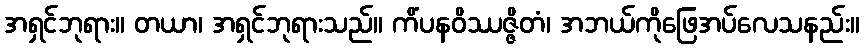
အရှင်ဘုရား။ တယာ၊ အရှင်ဘုရားသည်။ ကိံပနဝိဿဇ္ဇိတံ၊ အဘယ်ကိုဖြေအပ်လေသနည်း။